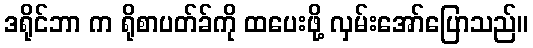
ဒရိုင်ဘာ က ရိုစာပတ်ခ်ကို ထပေးဖို့ လှမ်းအော်ပြောသည်။